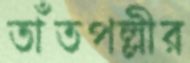
তাঁতপল্লীর